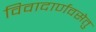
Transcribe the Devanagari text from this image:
विवादार्णवसेतु